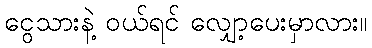
ငွေသားနဲ့ ဝယ်ရင် လျှော့ပေးမှာလား။